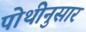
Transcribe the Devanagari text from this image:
पोथीनुसार